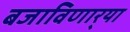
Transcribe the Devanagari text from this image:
बजाविणार्‍या